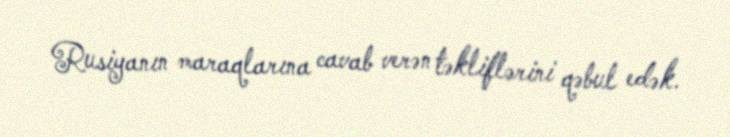
Rusiyanın maraqlarına cavab verən təkliflərini qəbul edək.